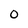
Character: 0